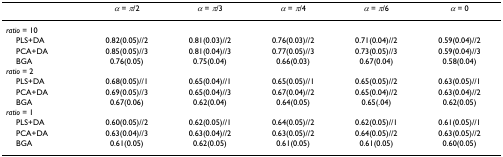
<table><thead><tr><td></td><td><b><i>α </i>= <i>π</i>/2</b></td><td><b><i>α </i>= <i>π</i>/3</b></td><td><b><i>α </i>= <i>π</i>/4</b></td><td><b><i>α </i>= <i>π</i>/6</b></td><td><b><i>α </i>= 0</b></td></tr></thead><tbody><tr><td><i>ratio </i>= 10</td><td></td><td></td><td></td><td></td><td></td></tr><tr><td> PLS+DA</td><td>0.82(0.05)//2</td><td>0.81(0.03)//2</td><td>0.76(0.03)//2</td><td>0.71(0.04)//2</td><td>0.59(0.04)//2</td></tr><tr><td> PCA+DA</td><td>0.85(0.05)//3</td><td>0.81(0.04)//3</td><td>0.77(0.05)//3</td><td>0.73(0.05)//3</td><td>0.59(0.04)//3</td></tr><tr><td> BGA</td><td>0.76(0.05)</td><td>0.75(0.04)</td><td>0.66(0.03)</td><td>0.67(0.04)</td><td>0.58(0.04)</td></tr><tr><td><i>ratio </i>= 2</td><td></td><td></td><td></td><td></td><td></td></tr><tr><td> PLS+DA</td><td>0.68(0.05)//1</td><td>0.65(0.04)//1</td><td>0.65(0.05)//1</td><td>0.65(0.05)//2</td><td>0.63(0.05)//1</td></tr><tr><td> PCA+DA</td><td>0.69(0.05)//3</td><td>0.65(0.04)//3</td><td>0.67(0.04)//2</td><td>0.65(0.04)//2</td><td>0.63(0.04)//2</td></tr><tr><td> BGA</td><td>0.67(0.06)</td><td>0.62(0.04)</td><td>0.64(0.05)</td><td>0.65(.04)</td><td>0.62(0.05)</td></tr><tr><td><i>ratio </i>= 1</td><td></td><td></td><td></td><td></td><td></td></tr><tr><td> PLS+DA</td><td>0.60(0.05)//2</td><td>0.62(0.05)//1</td><td>0.64(0.05)//2</td><td>0.62(0.05)//1</td><td>0.61(0.05)//1</td></tr><tr><td> PCA+DA</td><td>0.63(0.04)//3</td><td>0.63(0.04)//2</td><td>0.63(0.05)//2</td><td>0.64(0.05)//2</td><td>0.63(0.05)//2</td></tr><tr><td> BGA</td><td>0.61(0.05)</td><td>0.62(0.05)</td><td>0.61(0.05)</td><td>0.61(0.05)</td><td>0.60(0.05)</td></tr></tbody></table>